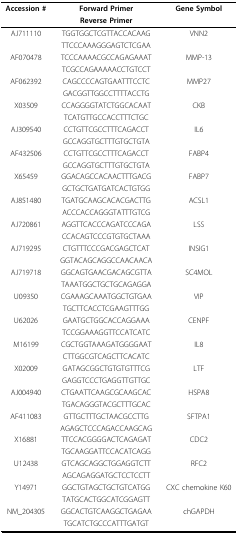
<table><thead><tr><td><b>Accession #</b></td><td><b>Forward Primer</b></td><td><b>Gene Symbol</b></td></tr><tr><td></td><td><b>Reverse Primer</b></td><td></td></tr></thead><tbody><tr><td>AJ711110</td><td>TGGTGGCTCGTTACCACAAG</td><td>VNN2</td></tr><tr><td></td><td>TTCCCAAAGGGAGTCTCGAA</td><td></td></tr><tr><td>AF070478</td><td>TCCCAAAACGCCAGAGAAAT</td><td>MMP-13</td></tr><tr><td></td><td>TCGCCAGAAAAACCTGTCCT</td><td></td></tr><tr><td>AF062392</td><td>CAGCCCCAGTGAATTTCCTC</td><td>MMP27</td></tr><tr><td></td><td>GACGGTTGGCCTTTTACCTG</td><td></td></tr><tr><td>X03509</td><td>CCAGGGGTATCTGGCACAAT</td><td>CKB</td></tr><tr><td></td><td>TCATGTTGCCACCTTTCTGC</td><td></td></tr><tr><td>AJ309540</td><td>CCTGTTCGCCTTTCAGACCT</td><td>IL6</td></tr><tr><td></td><td>GCCAGGTGCTTTGTGCTGTA</td><td></td></tr><tr><td>AF432506</td><td>CCTGTTCGCCTTTCAGACCT</td><td>FABP4</td></tr><tr><td></td><td>GCCAGGTGCTTTGTGCTGTA</td><td></td></tr><tr><td>X65459</td><td>GGACAGCCACAACTTTGACG</td><td>FABP7</td></tr><tr><td></td><td>GCTGCTGATGATCACTGTGG</td><td></td></tr><tr><td>AJ851480</td><td>TGATGCAAGCACACGACTTG</td><td>ACSL1</td></tr><tr><td></td><td>ACCCACCAGGGTATTTGTCG</td><td></td></tr><tr><td>AJ720861</td><td>AGGTTCACCCAGATCCCAGA</td><td>LSS</td></tr><tr><td></td><td>CCACAGTCCCGTGTGCTAAA</td><td></td></tr><tr><td>AJ719295</td><td>CTGTTTCCCGACGAGCTCAT</td><td>INSIG1</td></tr><tr><td></td><td>GGTACAGCAGGCCAACAACA</td><td></td></tr><tr><td>AJ719718</td><td>GGCAGTGAACGACAGCGTTA</td><td>SC4MOL</td></tr><tr><td></td><td>TAAATGGCTGCTGCAGAGGA</td><td></td></tr><tr><td>U09350</td><td>CGAAAGCAAATGGCTGTGAA</td><td>VIP</td></tr><tr><td></td><td>TGCTTCACCTCGAAGTTTGG</td><td></td></tr><tr><td>U62026</td><td>GAATGCTGGCACCAGGAAA</td><td>CENPF</td></tr><tr><td></td><td>TCCGGAAAGGTTCCATCATC</td><td></td></tr><tr><td>M16199</td><td>CGCTGGTAAAGATGGGGAAT</td><td>IL8</td></tr><tr><td></td><td>CTTGGCGTCAGCTTCACATC</td><td></td></tr><tr><td>X02009</td><td>GATAGCGGCTGTGTGTTTCG</td><td>LTF</td></tr><tr><td></td><td>GAGGTCCCTGAGGTTGTTGC</td><td></td></tr><tr><td>AJ004940</td><td>CTGAATTCAAGCGCAAGCAC</td><td>HSPA8</td></tr><tr><td></td><td>TGACAGGGTACGCTTTGCAC</td><td></td></tr><tr><td>AF411083</td><td>GTTGCTTTGCTAACGCCTTG</td><td>SFTPA1</td></tr><tr><td></td><td>AGAGCTCCCAGACCAAGCAG</td><td></td></tr><tr><td>X16881</td><td>TTCCACGGGGACTCAGAGAT</td><td>CDC2</td></tr><tr><td></td><td>TGCAAGGATTCCACATCAGG</td><td></td></tr><tr><td>U12438</td><td>GTCAGCAGGCTGGAGGTCTT</td><td>RFC2</td></tr><tr><td></td><td>AGCAGAGGATGCTCCTCCTT</td><td></td></tr><tr><td>Y14971</td><td>GGCTGTAGCTGCTGTCATGG</td><td>CXC chemokine K60</td></tr><tr><td></td><td>TATGCACTGGCATCGGAGTT</td><td></td></tr><tr><td>NM_204305</td><td>GGCACTGTCAAGGCTGAGAA</td><td>chGAPDH</td></tr><tr><td></td><td>TGCATCTGCCCATTTGATGT</td><td></td></tr></tbody></table>